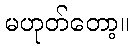
မဟုတ်တော့။